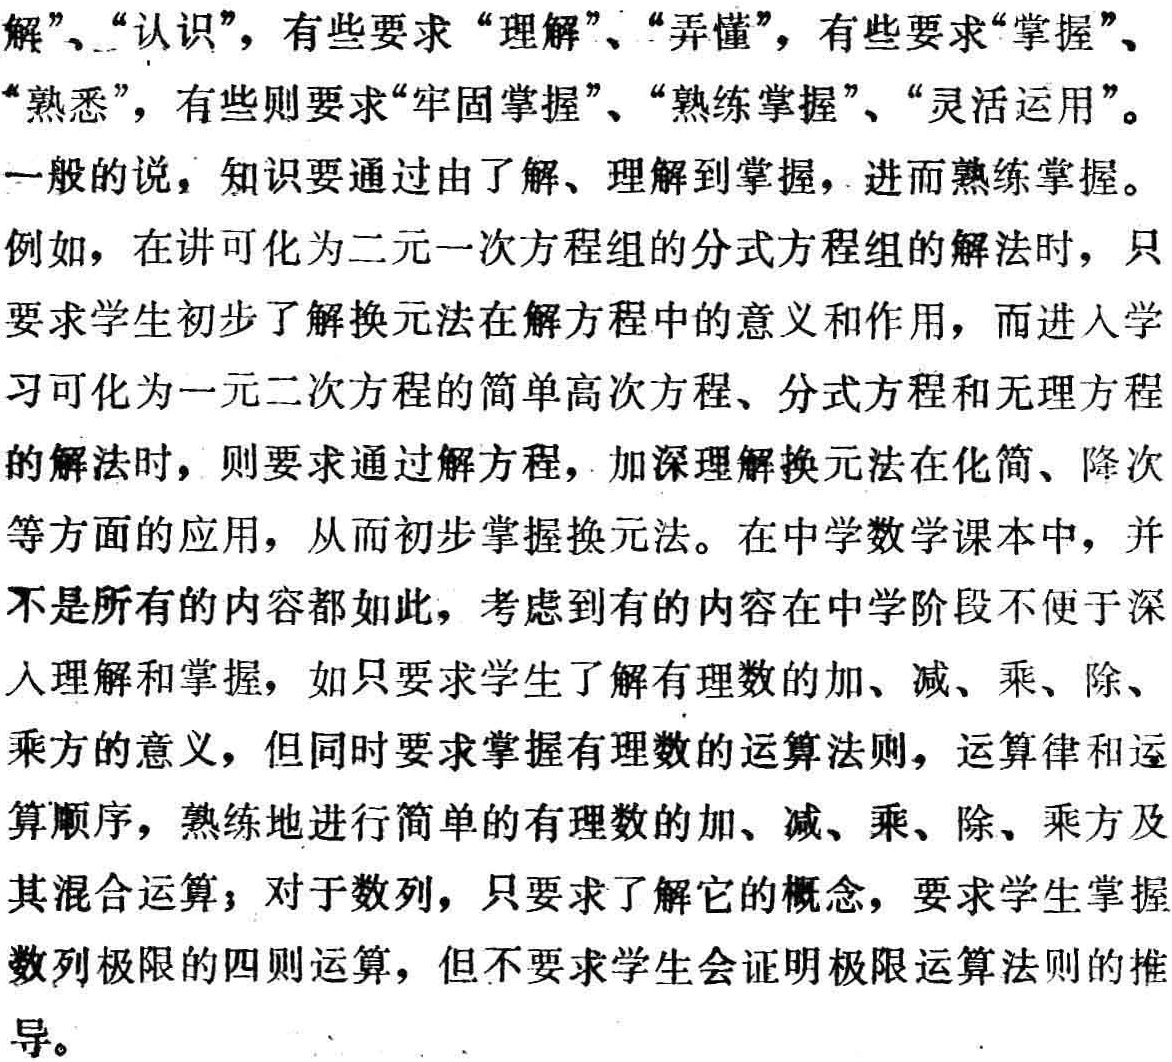
解”、“认识”，有些要求“理解”、“弄懂”，有些要求“掌握”、“熟悉”，有些则要求“牢固掌握”、“熟练掌握”、“灵活运用”。

一般的说，知识要通过由了解、理解到掌握，进而熟练掌握。

例如，在讲可化为二元一次方程组的分式方程组的解法时，只要求学生初步了解换元法在解方程中的意义和作用，而进入学习可化为一元二次方程的简单高次方程、分式方程和无理方程的解法时，则要求通过解方程，加深理解换元法在化简、降次等方面的应用，从而初步掌握换元法。在中学数学课本中，并不是所有的内容都如此，考虑到有的内容在中学阶段不便于深入理解和掌握，如只要求学生了解有理数的加、减、乘、除、乘方的意义，但同时要求掌握有理数的运算法则，运算律和运算顺序，熟练地进行简单的有理数的加、减、乘、除、乘方及其混合运算；对于数列，只要求了解它的概念，要求学生掌握数列极限的四则运算，但不要求学生会证明极限运算法则的推